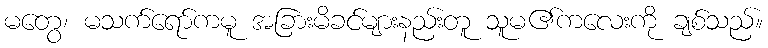
မတွေ၊ မသက်ရော်ကမူ အခြားမိခင်များနည်းတူ သူမ၏ကလေးကို ချစ်သည်။